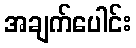
အချက်ပေါင်း